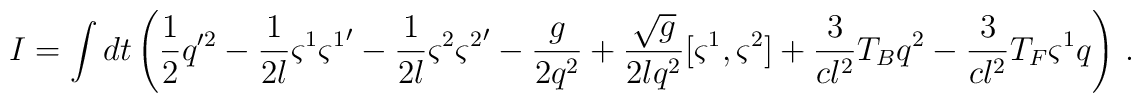
I = \int dt \left(\frac 12 q'^2 - \frac{1}{2l}\varsigma^1{\varsigma^1}'    - \frac{1}{2l}\varsigma^2{\varsigma^2}' - \frac{g}{2q^2} + \frac{\sqrt g}{2lq^2}    [\varsigma^1, \varsigma^2] + \frac{3}{cl^2}T_B q^2 - \frac{3}{cl^2}    T_F \varsigma^1 q\right)\,.